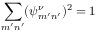
\sum _ { m ^ { \prime } n ^ { \prime } } ( \psi _ { m ^ { \prime } n ^ { \prime } } ^ { \nu } ) ^ { 2 } = 1